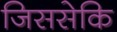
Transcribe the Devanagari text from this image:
जिससेकि